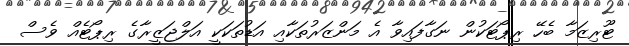
ޓޫރިޒަމާ ބެހޭ ރިޕޯޓަކުން ނަގާފައިވާ އެ މަންޒަރުތަކާއި އަޑުތަކަކީ އަލްޖަޒީރާގެ ރިޕޯޓެއް ވެސް